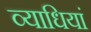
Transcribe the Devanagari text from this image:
व्‍याधियां